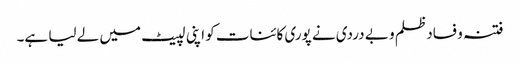
فتنہ و فساد ظلم و بے دردی نے پوری کائنات کو اپنی لپیٹ میں لے لیا ہے۔